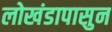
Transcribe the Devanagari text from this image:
लोखंडापासुन